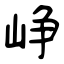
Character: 峥